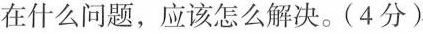
在什么问题，应该怎么解决。(4分)